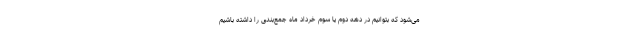
می‌شود که بتوانیم در دهه دوم یا سوم خرداد ماه جمع‌بندی را داشته باشیم